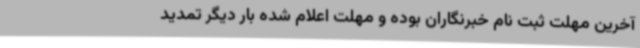
آخرین مهلت ثبت نام خبرنگاران بوده و مهلت اعلام شده بار دیگر تمدید